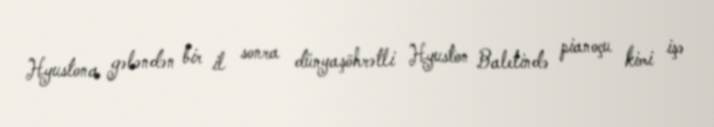
Hyustona gələndən bir il sonra dünyaşöhrətli Hyuston Baletində pianoçu kimi işə